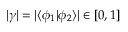
| \gamma | = | \langle \phi _ { 1 } | \phi _ { 2 } \rangle | \in [ 0 , 1 ]